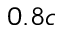
0 . 8 c